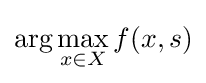
\arg \max _{x\in X}f(x,s)